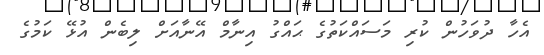
އެހާ ދުވަހުން ކުރި މަސައްކަތުގެ ޙައްގު އިނާމް އޭނާއަށް ލިބެން އުޅޭ ކަމުގެ